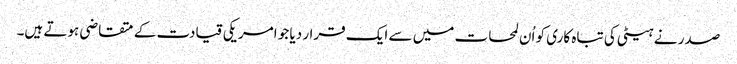
صدر نے ہیٹی کی تباہ کاری کو اُن لمحات میں سے ایک قرار دیا جو امریکی قیادت کے متقاضی ہوتے ہیں۔